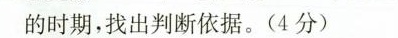
的时期，找出判断依据。(4分)